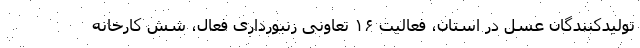
تولیدکنندگان عسل در استان، فعالیت ۱۶ تعاونی زنبورداری فعال، شش کارخانه